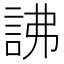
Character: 䛍